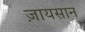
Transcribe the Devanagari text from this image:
ज़ायसान